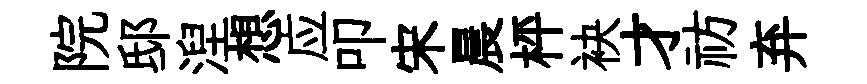
院邸湼想应叩宋晨枰袂才祊弃